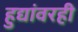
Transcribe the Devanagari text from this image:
हुद्यांवरही